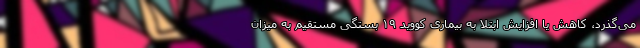
می‌گذرد، کاهش یا افزایش ابتلا به بیماری کووید ۱۹ بستگی مستقیم به میزان